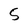
Character: 5